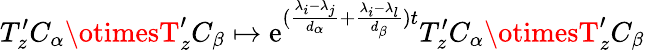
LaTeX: T_{z}^{\prime}C_{\alpha}\otimesT_{z}^{\prime}C_{\beta}\mapsto\mathrm{e}^{(\frac{{\lambda_{i}-\lambda_{j}}}{{d_{\alpha}}}+\frac{{\lambda_{i}-\lambda_{l}}}{{d_{\beta}}})t}T_{z}^{\prime}C_{\alpha}\otimesT_{z}^{\prime}C_{\beta}